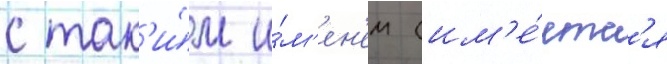
с так'и́м и́м'ен'ем (им'е́етс'я